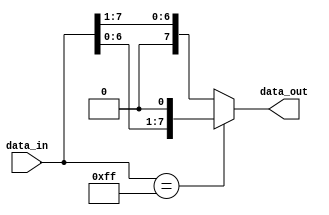
module Generate_Parameterized_Module #(parameter WIDTH = 8) (
    input [WIDTH-1:0] data_in,
    output reg [WIDTH-1:0] data_out
);

always @(*) begin
    if (data_in == 8'hFF) begin
        data_out = data_in << 1;
    end else begin
        data_out = data_in >> 1;
    end
end

endmodule